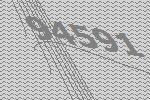
94591